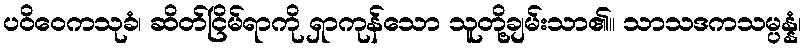
ပဝိဝေကသုခံ၊ ဆိတ်ငြိမ်ရာကို ရှာကုန်သော သူတို့ချမ်းသာ၏။ သာသဒကသမ္ပန္နံ၊